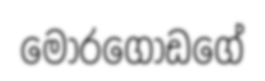
මොරගොඩගේ